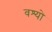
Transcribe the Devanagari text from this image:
वश्यो